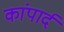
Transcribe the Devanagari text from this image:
कांपार्द